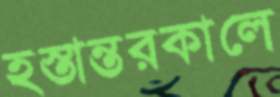
হস্তান্তরকালে